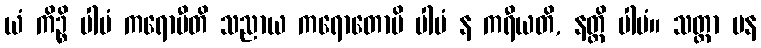
ယံ ကိဉ္စိ ပါပံ ကရောမီတိ သညာယ ကရောတောပိ ပါပံ န ကရီယတိ, နတ္ထိ ပါပံ။ သတ္တာ ပန